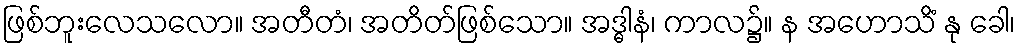
ဖြစ်ဘူးလေသလော။ အတီတံ၊ အတိတ်ဖြစ်သော။ အဒ္ဓါနံ၊ ကာလ၌။ န အဟောသိံ နု ခေါ၊